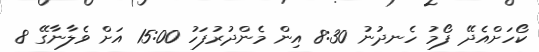
ކޯހަށްއެދޭ ފޯމު ހެނދުނު 8:30 އިން މެންދުރުފަހު 15:00 އަށް ވެލާނާގޭ 8